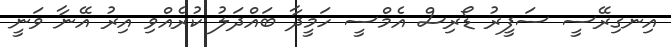
އިނގިރޭސީ ސަފީރު ޑޯރިސް އެމްސީ ހަމީދާ ބައްދަލު ކުރެއްވި އިރު އޭނާ ވަނީ